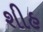
શીહ